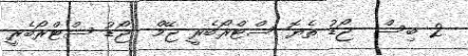
2 ބިސް  ޖޯޑު ތެޔޮ ސްޓްރޯބެރީ ޖޭމް  ޖޯޑު ސްޓްރޯބެރީ